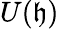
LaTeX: U({\mathfrak{h}})